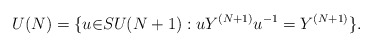
\begin{align*}U(N)=\{u{\in}SU(N+1):uY^{(N+1)}u^{-1}=Y^{(N+1)}\}.\end{align*}